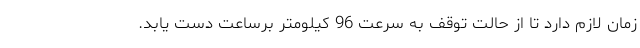
زمان لازم دارد تا از حالت توقف به سرعت 96 کیلومتر برساعت دست یابد.